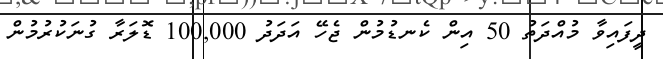
ދީފައިވާ މުއްދަތު 50 އިން ކެނޑުމުން ޖެހޭ އަދަދު 100